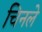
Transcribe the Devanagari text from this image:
चिनले